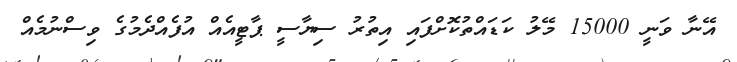
އޭނާ ވަނީ 15000 މޭލު ކަޑައްތުކޮށްފައި އިތުރު ސިޔާސީ ޕާޓީއެއް އުފެއްދެމުގެ ވިސްނުމެއް